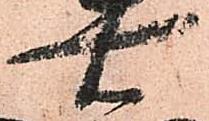
右